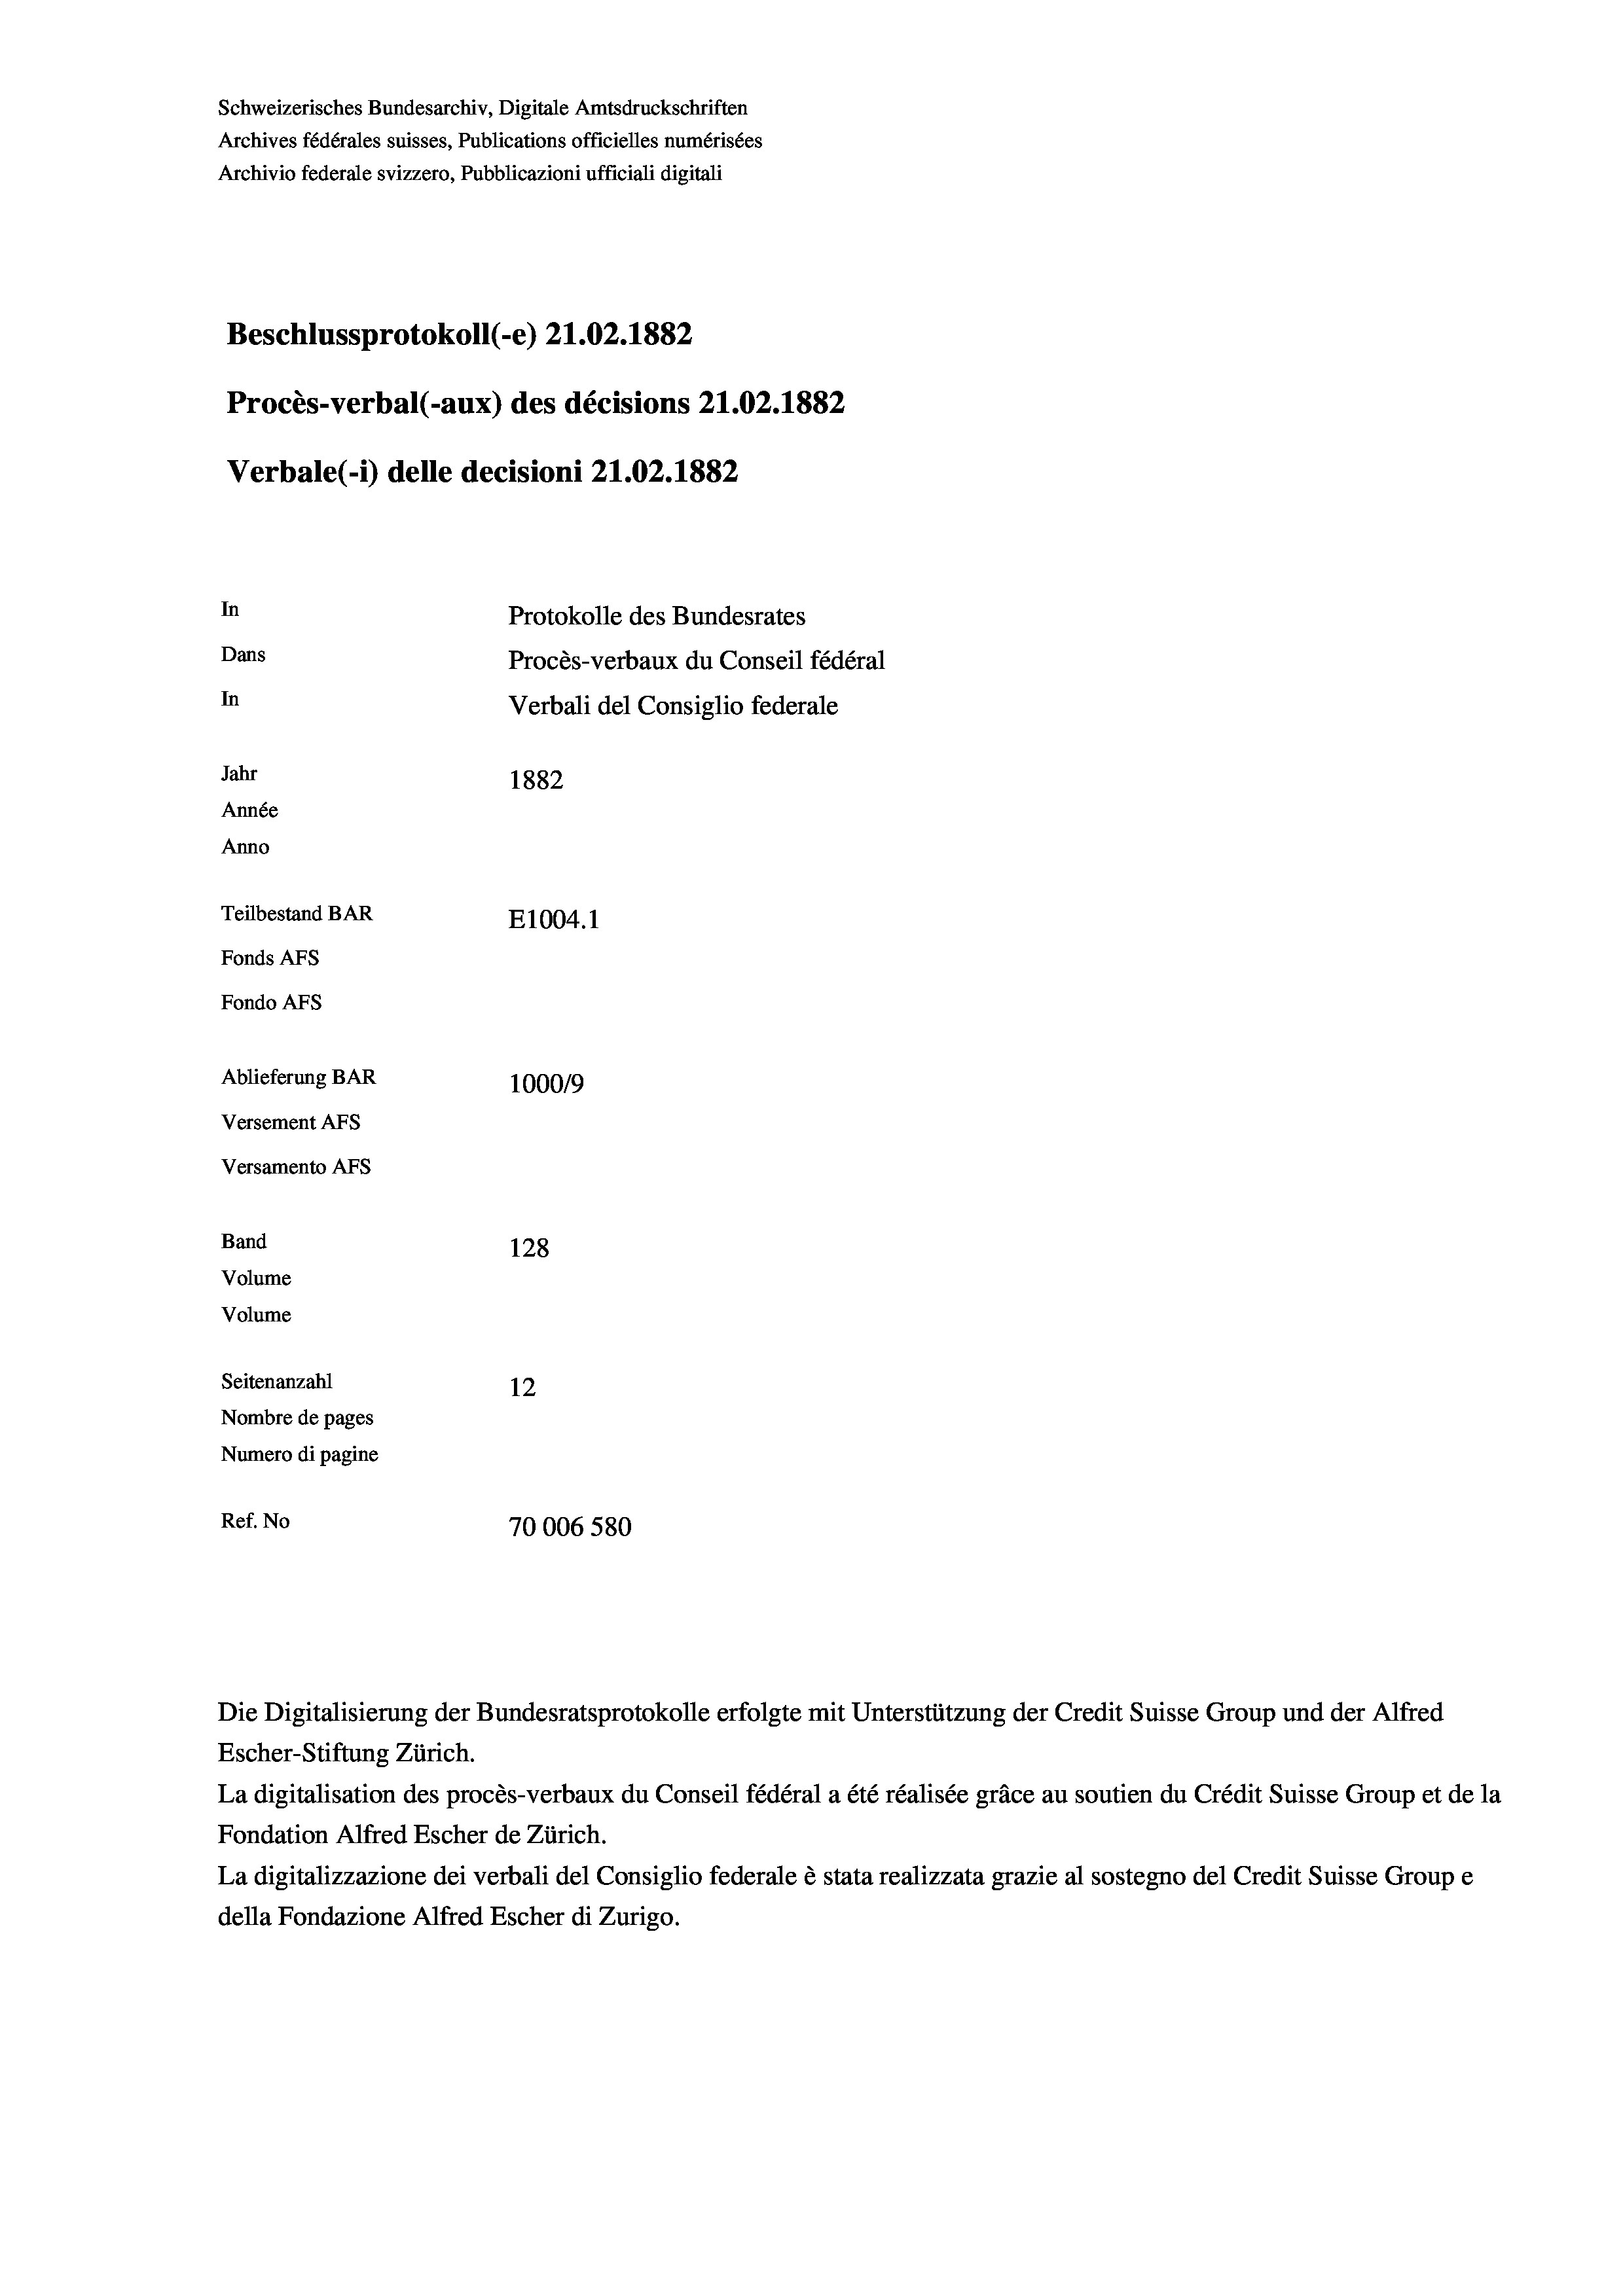
Schweizerisches Bundesarchiv, Digitale Amtsdruckschriften
Archives fédérales suisses, Publications officielles numérisées
Archivio federale svizzero, Pubblicazioni ufficiali digitali
Beschlussprotokoll (-e) 21.02. 1882
Procès-verbal (-aux) des décisions 21.02.1882
Verbale (1) delle decisioni 21.02. 1882

Versement Abs
Versamento AFs
Band
Volume
Volume
Seitenanzahl

In
Dans
In
Jahr
1882
Année
Anno
Teilbestand BAR
E1004. 1
Fonds AFs
Fondo AFs
Ablieferung BAR
1000/9

128
12
Nombre de pages
Numero di pagine
Ref. No
70006 580

Protokolle des Bundesrates
Procès-verbaux du Conseil fédéral
Verbali del Consiglio federale

Escher-Stiftung Zürich.
La digitalisation des procès-verbaux du Conseil fédéral a été réalisée gräce au soutien du Crédit Suisse Group et de la
Fondation Alfred Escher de Zürich.
La digitalizzazione dei verbali del Consiglio federale è stata realizzata grazie al sostegno del Credit Suisse Groupe
della Fondazione Alfred Escher di Zurigo.

Die Digitalisierung der Bundesratsprotokolle erfolgte mit Unterstützung der Credit Suisse Group und der Alfred